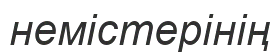
немістерінің